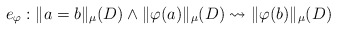
\begin{align*}e_{\varphi}: \|a=b\|_{\mu}(D) \wedge \|\varphi(a)\|_{\mu}(D) \leadsto \|\varphi(b)\|_{\mu}(D)\end{align*}